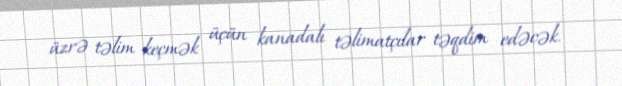
üzrə təlim keçmək üçün kanadalı təlimatçılar təqdim edəcək.